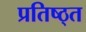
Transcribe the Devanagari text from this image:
प्रतिष्ठ्त